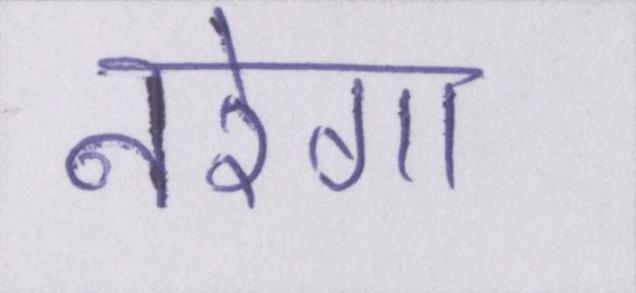
नरेगा